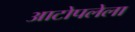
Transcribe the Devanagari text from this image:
आटोपलेला